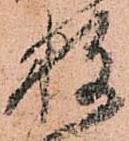
数